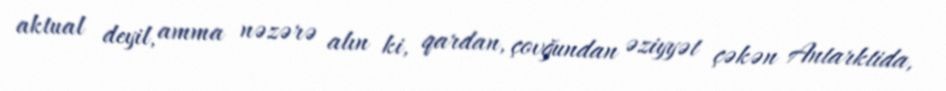
aktual deyil, amma nəzərə alın ki, qardan, çovğundan əziyyət çəkən Antarktida,